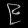
Digit: ၉